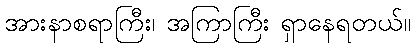
အားနာစရာကြီး၊ အကြာကြီး ရှာနေရတယ်။